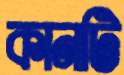
কানটি